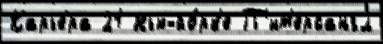
Карье́ра 21 Нью-йо́рк'е П'ит'ерсангл